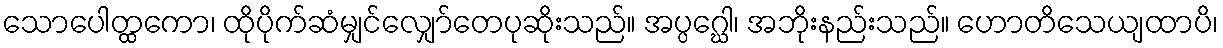
သောပေါတ္ထကော၊ ထိုပိုက်ဆံမျှင်လျှော်တေပုဆိုးသည်။ အပ္ပဂ္ဃေါ၊ အဘိုးနည်းသည်။ ဟောတိသေယျထာပိ၊